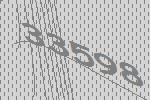
33598